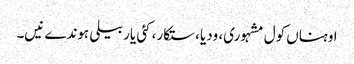
اوہناں کول مشہوری، ودیا، ستکار، کئی یار بیلی ہوندے نیں۔